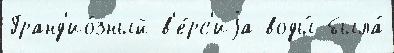
Гранд'ио́зный в'е́рс'иjа воды́ была́